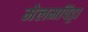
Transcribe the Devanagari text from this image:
मेलमपिट्टा